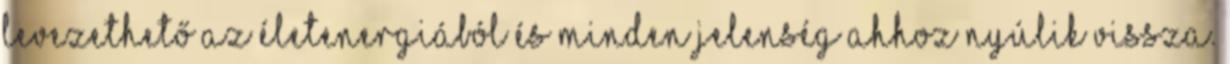
levezethető az ÉletEnergiából és minden jelenség ahhoz nyúlik vissza.